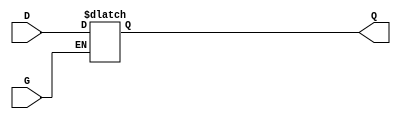
module GatedTransparentLatch (
    input wire D,    // Data input
    input wire G,    // Gate control signal
    output reg Q     // Output
);

// Always block that triggers on changes to D or G
always @(*) begin
    if (G) begin
        Q = D;      // When G is high, Q follows D
    end
    // When G is low, Q retains its previous value (hold state)
end

endmodule